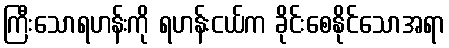
ကြီးသောရဟန်းကို ရဟန်းငယ်က ခိုင်းစေနိုင်သောအရာ